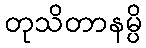
တုသိတာနမ္ပိ